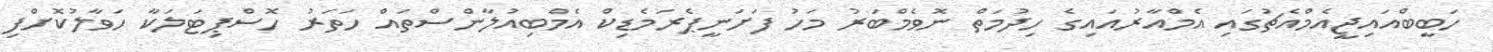
ހަބީބްއައިޖީއެމްއެޗުގައި އެމްއާރުއައިގެ ހިދުމަތް ނޮވެމްބަރު މަހު ފަށަނީޕެރަމެޑިކް އެމްބިއުލާންސްތައް ހަތަރު ހޮސްޕިޓަލަކާ ހަވާލުކޮށްފި